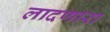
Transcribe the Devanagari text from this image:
लादणारा